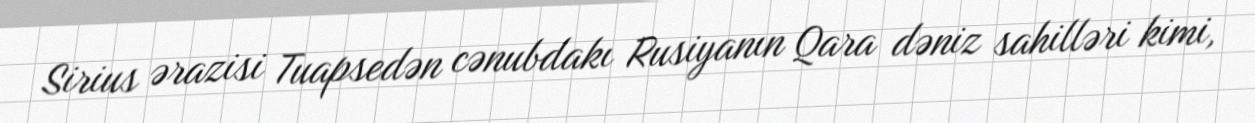
Sirius ərazisi Tuapsedən cənubdakı Rusiyanın Qara dəniz sahilləri kimi,